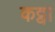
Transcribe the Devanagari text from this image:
कट्वा